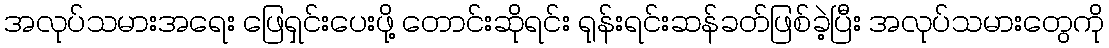
အလုပ်သမားအရေး ဖြေရှင်းပေးဖို့ တောင်းဆိုရင်း ရုန်းရင်းဆန်ခတ်ဖြစ်ခဲ့ပြီး အလုပ်သမားတွေကို